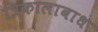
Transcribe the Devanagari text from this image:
त्रिकालाबाध